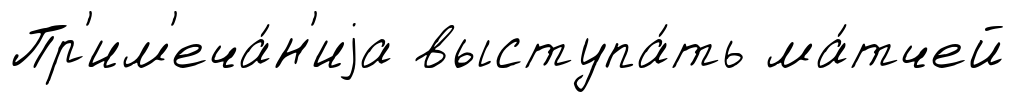
Пр'им'еча́н'иjа выступа́ть ма́тчей